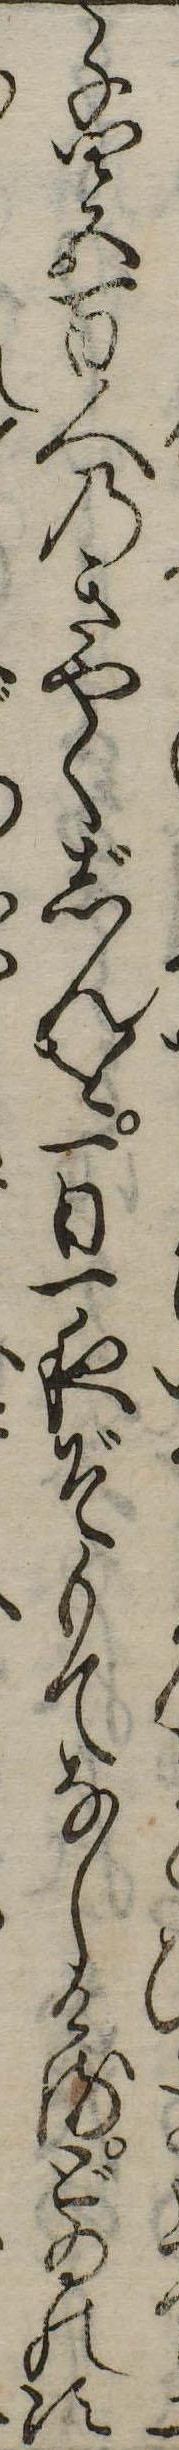
千四五百人のきやくじんを一日一夜ぞもてなしけるどゐの次